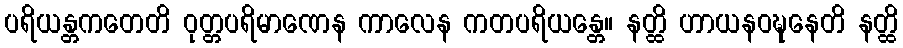
ပရိယန္တကတေတိ ဝုတ္တပရိမာဏေန ကာလေန ကတပရိယန္တေ။ နတ္ထိ ဟာယနဝဍ္ဎနေတိ နတ္ထိ